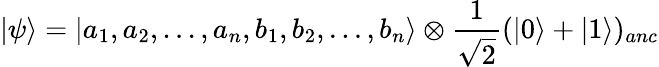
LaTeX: \vert\psi\rangle=\vert a_{1},a_{2},...,a_{n},b_{1},b_{2},...,b_{n}\rangle\otimes\frac{1}{\sqrt{2}}(\vert 0\rangle+\vert 1\rangle)_{anc}